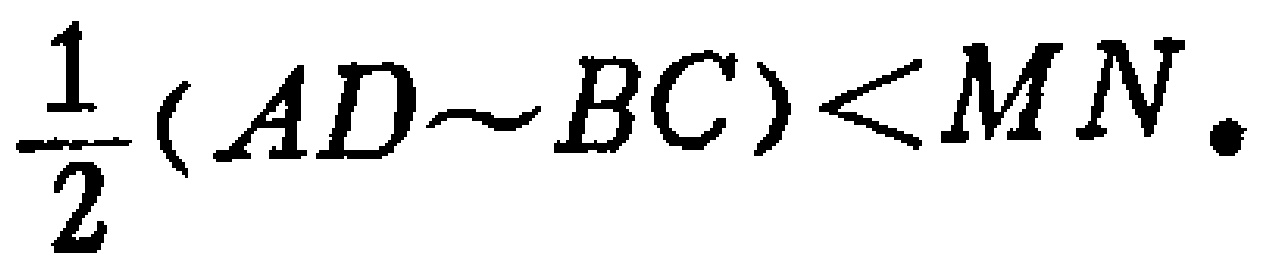
\frac{1}{2}(AD\sim BC)<MN.